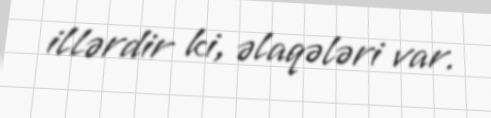
illərdir ki, əlaqələri var.